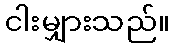
ငါးမျှားသည်။